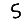
Digit: 5